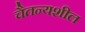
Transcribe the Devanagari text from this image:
चैतन्यशील